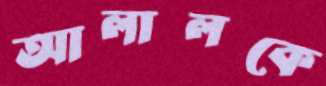
আলালকে